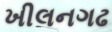
ખીલનગઢ